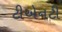
ટીએનટી